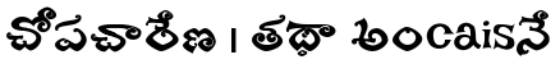
చోపచారేణ । తథా అంcaisనే